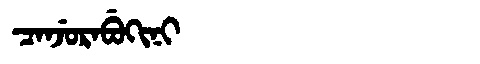
Manchu: ᠴᠠᠨᠵᡠᡵᠠᠪᡠᡴᡳᠨᡳ
Romanization: CANJURABUKINI